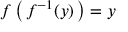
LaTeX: f \left( \, f ^ { - 1 } ( y ) \, \right) = y